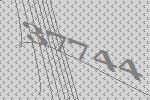
37744